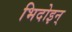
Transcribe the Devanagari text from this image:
भिदोइन्